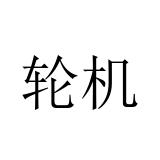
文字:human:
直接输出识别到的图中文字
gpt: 轮机